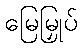
မြေမြှုပ်